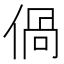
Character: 𠊰